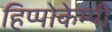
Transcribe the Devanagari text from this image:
हिप्पोकेम्पी